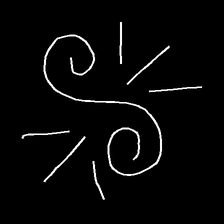
Glyph: wind-directs-air